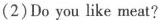
(2)Do you like meat?